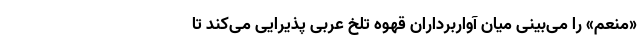
«منعم» را می‌بینی میانِ آواربرداران قهوه تلخ عربی پذیرایی می‌کند تا